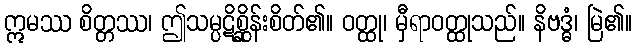
ဣမဿ စိတ္တဿ၊ ဤသမ္ပဋိစ္ဆိုန်းစိတ်၏။ ဝတ္ထု၊ မှီရာဝတ္ထုသည်။ နိဗဒ္ဓံ၊ မြဲ၏။